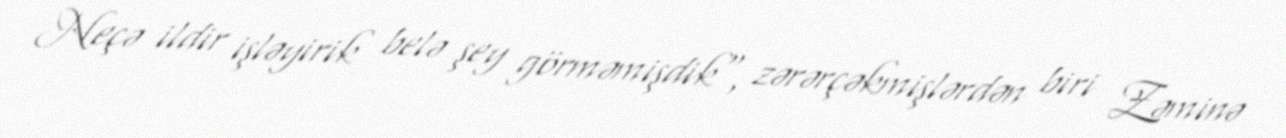
Neçə ildir işləyirik belə şey görməmişdik", zərərçəkmişlərdən biri Zəminə